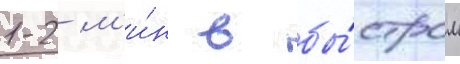
1-2 м'и́н в бы́стром